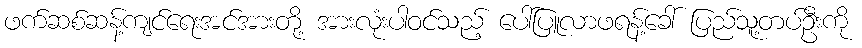
ဖက်ဆစ်ဆန့်ကျင်ရေးအင်အားတို့ အားလုံးပါဝင်သည့် ပေါ်ပြူလာဖရန့်ခေါ် ပြည်သူ့တပ်ဦးကို